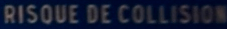
RISQUE DE COLLISION